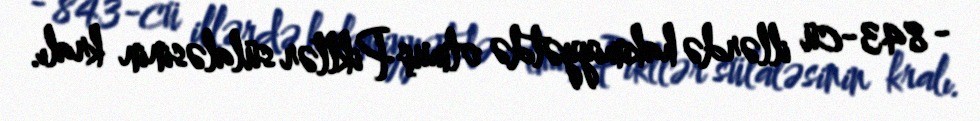
- 843-cü illərdə hakimiyyətdə olmuş Piktlər sülaləsinin kralı.